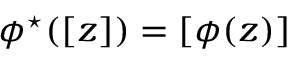
\phi ^ { \star } ( [ z ] ) = [ \phi ( z ) ]